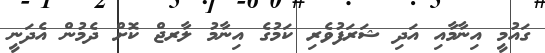
ގައުމީ އިނާމާއި އަދި ޝަރަފުވެރި ކަމުގެ އިނާމު ލާރޖް ކޮށް ދެމުން އެދަނީ